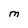
Character: M